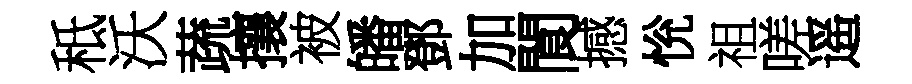
秪沃蔬攘被皤鄧加閬撼恱祖嗟遥